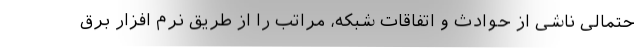
حتمالی ناشی از حوادث و اتفاقات شبکه، مراتب را از طریق نرم افزار برق